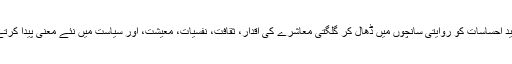
وہ جدید احساسات کو روایتی سانچوں میں ڈھال کر گلگتی معاشرے کی اقدار، ثقافت، نفسیات، معیشت، اور سیاست میں نئے معنی پیدا کرتے ہیں۔